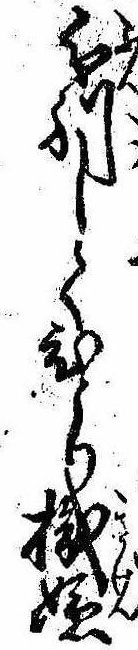
分別してひとり機嫌